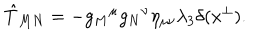
\hat { T } _ { M N } = - g _ { M } { } ^ { \mu } g _ { N } { } ^ { \nu } \eta _ { \mu \nu } \lambda _ { 3 } \delta ( x ^ { \perp } ) .